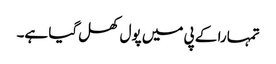
تمہارا کے پی میں پول کھل گیا ہے۔